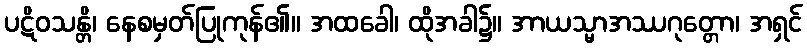
ပဋိဝသန္တိ၊ နေစမှတ်ပြုကုန်၏။ အထခေါ၊ ထိုအခါ၌။ အာယသ္မာအဿဂုတ္တော၊ အရှင်